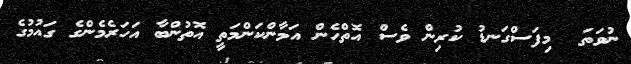
ނުވަތަ  މިފަސްގަނޑު ކުރިން ވެސް އޮތްހެން އަމާންކަންމަތީ އޮތުންބާ އަހަރެމެންގެ ގައުމުގެ